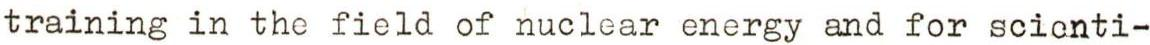
training in the field of nuclear energy and for scienti-